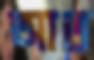
আত